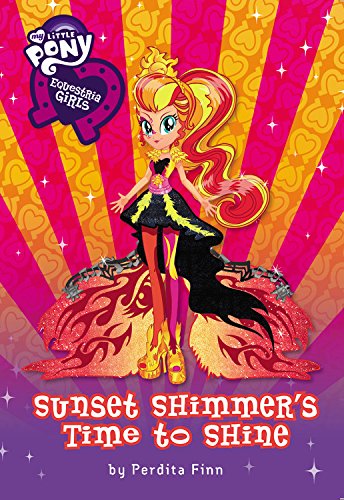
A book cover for My Little Pony:  Equestria Girls: Sunset Shimmer's Time to Shine; Perdita Finn; Children's Books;